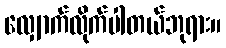
လျှောက်လိုက်ပါတယ်ဘုရား။